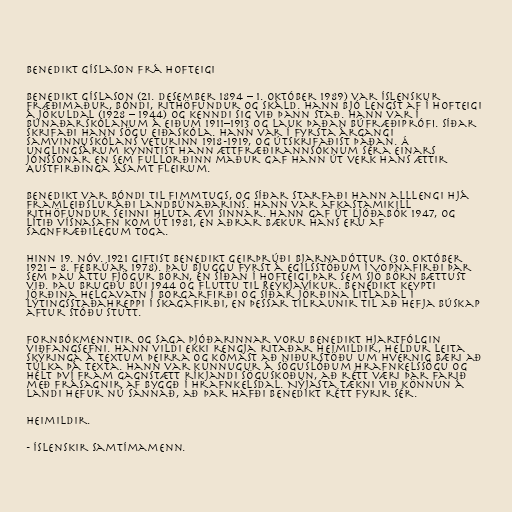
Benedikt Gíslason frá Hofteigi

Benedikt Gíslason (21. desember 1894 – 1. október 1989) var íslenskur
fræðimaður, bóndi, rithöfundur og skáld. Hann bjó lengst af í Hofteigi
á Jökuldal (1928 – 1944) og kenndi sig við þann stað. Hann var í
Búnaðarskólanum á Eiðum 1911–1913 og lauk þaðan búfræðiprófi. Síðar
skrifaði hann sögu Eiðaskóla. Hann var í fyrsta árgangi
Samvinnuskólans veturinn 1918-1919, og útskrifaðist þaðan. Á
unglingsárum kynntist hann ættfræðirannsóknum séra Einars
Jónssonar en sem fullorðinn maður gaf hann út verk hans Ættir
Austfirðinga ásamt fleirum.

Benedikt var bóndi til fimmtugs, og síðar starfaði hann alllengi hjá
Framleiðsluráði landbúnaðarins. Hann var afkastamikill
rithöfundur seinni hluta ævi sinnar. Hann gaf út ljóðabók 1947, og
lítið vísnasafn kom út 1981, en aðrar bækur hans eru af
sagnfræðilegum toga.

Hinn 19. nóv. 1921 giftist Benedikt Geirþrúði Bjarnadóttur (30. október
1921 – 8. febrúar 1978). Þau bjuggu fyrst á Egilsstöðum í Vopnafirði þar
sem þau áttu fjögur börn, en síðan í Hofteigi þar sem sjö börn bættust
við. Þau brugðu búi 1944 og fluttu til Reykjavíkur. Benedikt keypti
jörðina Helgavatn í Borgarfirði og síðar jörðina Litladal í
Lýtingsstaðahreppi í Skagafirði, en þessar tilraunir til að hefja búskap
aftur stóðu stutt.

Fornbókmenntir og saga þjóðarinnar voru Benedikt hjartfólgin
viðfangsefni. Hann vildi ekki rengja ritaðar heimildir, heldur leita
skýringa á textum þeirra og komast að niðurstöðu um hvernig bæri að
túlka þá texta. Hann var kunnugur á söguslóðum Hrafnkelssögu og
hélt því fram gagnstætt ríkjandi söguskoðun, að rétt væri þar farið
með frásagnir af byggð í Hrafnkelsdal. Nýjasta tækni við könnun á
landi hefur nú sannað, að þar hafði Benedikt rétt fyrir sér.

Heimildir.

- Íslenskir samtímamenn.